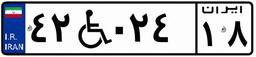
۴۲W۰۲۴۱۸